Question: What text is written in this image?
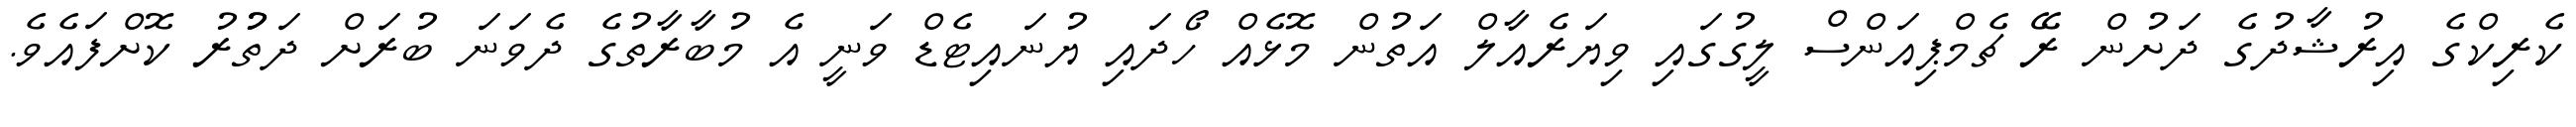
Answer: ކެރިކްގެ އިރުޝާދުގެ ދަށުން ރޭ ޗެމްޕިއަންސް ލީގުގައި ވިޔަރެއާލް އަތުން މޮޅެއް ހޯދައި ޔުނައިޓެޑް ވަނީ އެ މުބާރާތުގެ ދެވަނަ ބުރަށް ދަތުުރު ކޮށްފައެވެ.